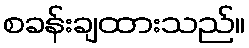
စခန်းချထားသည်။